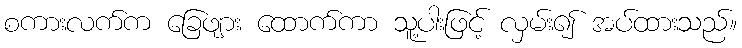
စကားလက်က ခြေဖျား ထောက်ကာ သူ့ပါးဖြင့် လှမ်း၍ အပ်ထားသည်။